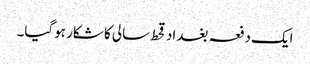
ایک دفعہ بغداد قحط سالی کا شکار ہوگیا۔